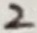
Text: 2